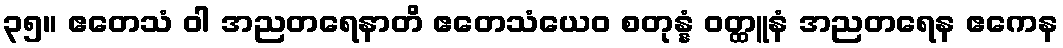
၃၅။ ဧတေသံ ဝါ အညတရေနာတိ ဧတေသံယေဝ စတုန္နံ ဝတ္ထူနံ အညတရေန ဧကေန